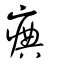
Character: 痶